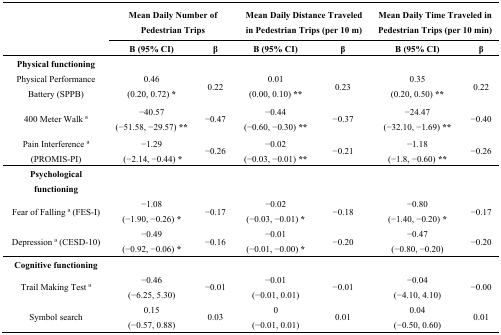
<table><thead><tr><td rowspan="2"></td><td colspan="2"><b>Mean Daily Number of Pedestrian Trips</b></td><td colspan="2"><b>Mean Daily Distance Traveled in Pedestrian Trips (per 10 m)</b></td><td colspan="2"><b>Mean Daily Time Traveled in Pedestrian Trips (per 10 min)</b></td></tr><tr><td><b>B (95% CI)</b></td><td><b>β</b></td><td><b>B (95% CI)</b></td><td><b>β</b></td><td><b>B (95% CI)</b></td><td><b>β</b></td></tr></thead><tbody><tr><td><b>Physical functioning</b></td><td></td><td></td><td></td><td></td><td></td><td></td></tr><tr><td>Physical Performance Battery (SPPB)</td><td>0.46 (0.20, 0.72) <b>*</b></td><td>0.22</td><td>0.01 (0.00, 0.10) <b>**</b></td><td>0.23</td><td>0.35 (0.20, 0.50) <b>**</b></td><td>0.22</td></tr><tr><td>400 Meter Walk a</td><td>−40.57 (−51.58, −29.57) <b>**</b></td><td>−0.47</td><td>−0.44 (−0.60, −0.30) <b>**</b></td><td>−0.37</td><td>−24.47 (−32.10, −1.69) <b>**</b></td><td>−0.40</td></tr><tr><td>Pain Interference a (PROMIS-PI)</td><td>−1.29 (−2.14, −0.44) <b>*</b></td><td>−0.26</td><td>−0.02 (−0.03, −0.01) <b>**</b></td><td>−0.21</td><td>−1.18 (−1.8, −0.60) <b>**</b></td><td>−0.26</td></tr><tr><td><b>Psychological functioning</b></td><td></td><td></td><td></td><td></td><td></td><td></td></tr><tr><td>Fear of Falling a (FES-I)</td><td>−1.08 (−1.90, −0.26) <b>*</b></td><td>−0.17</td><td>−0.02 (−0.03, −0.01) <b>*</b></td><td>−0.18</td><td>−0.80 (−1.40, −0.20) <b>*</b></td><td>−0.17</td></tr><tr><td>Depression a (CESD-10)</td><td>−0.49 (−0.92, −0.06) <b>*</b></td><td>−0.16</td><td>−0.01 (−0.01, −0.00) <b>*</b></td><td>−0.20</td><td>−0.47 (−0.80, −0.20)</td><td>−0.20</td></tr><tr><td><b>Cognitive functioning</b></td><td></td><td></td><td></td><td></td><td></td><td></td></tr><tr><td>Trail Making Test a</td><td>−0.46 (−6.25, 5.30)</td><td>−0.01</td><td>−0.01 (−0.01, 0.01)</td><td>−0.01</td><td>−0.04 (−4.10, 4.10)</td><td>−0.00</td></tr><tr><td>Symbol search</td><td>0.15 (−0.57, 0.88)</td><td>0.03</td><td>0 (−0.01, 0.01)</td><td>0.01</td><td>0.04 (−0.50, 0.60)</td><td>0.01</td></tr></tbody></table>